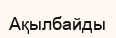
Ақылбайды